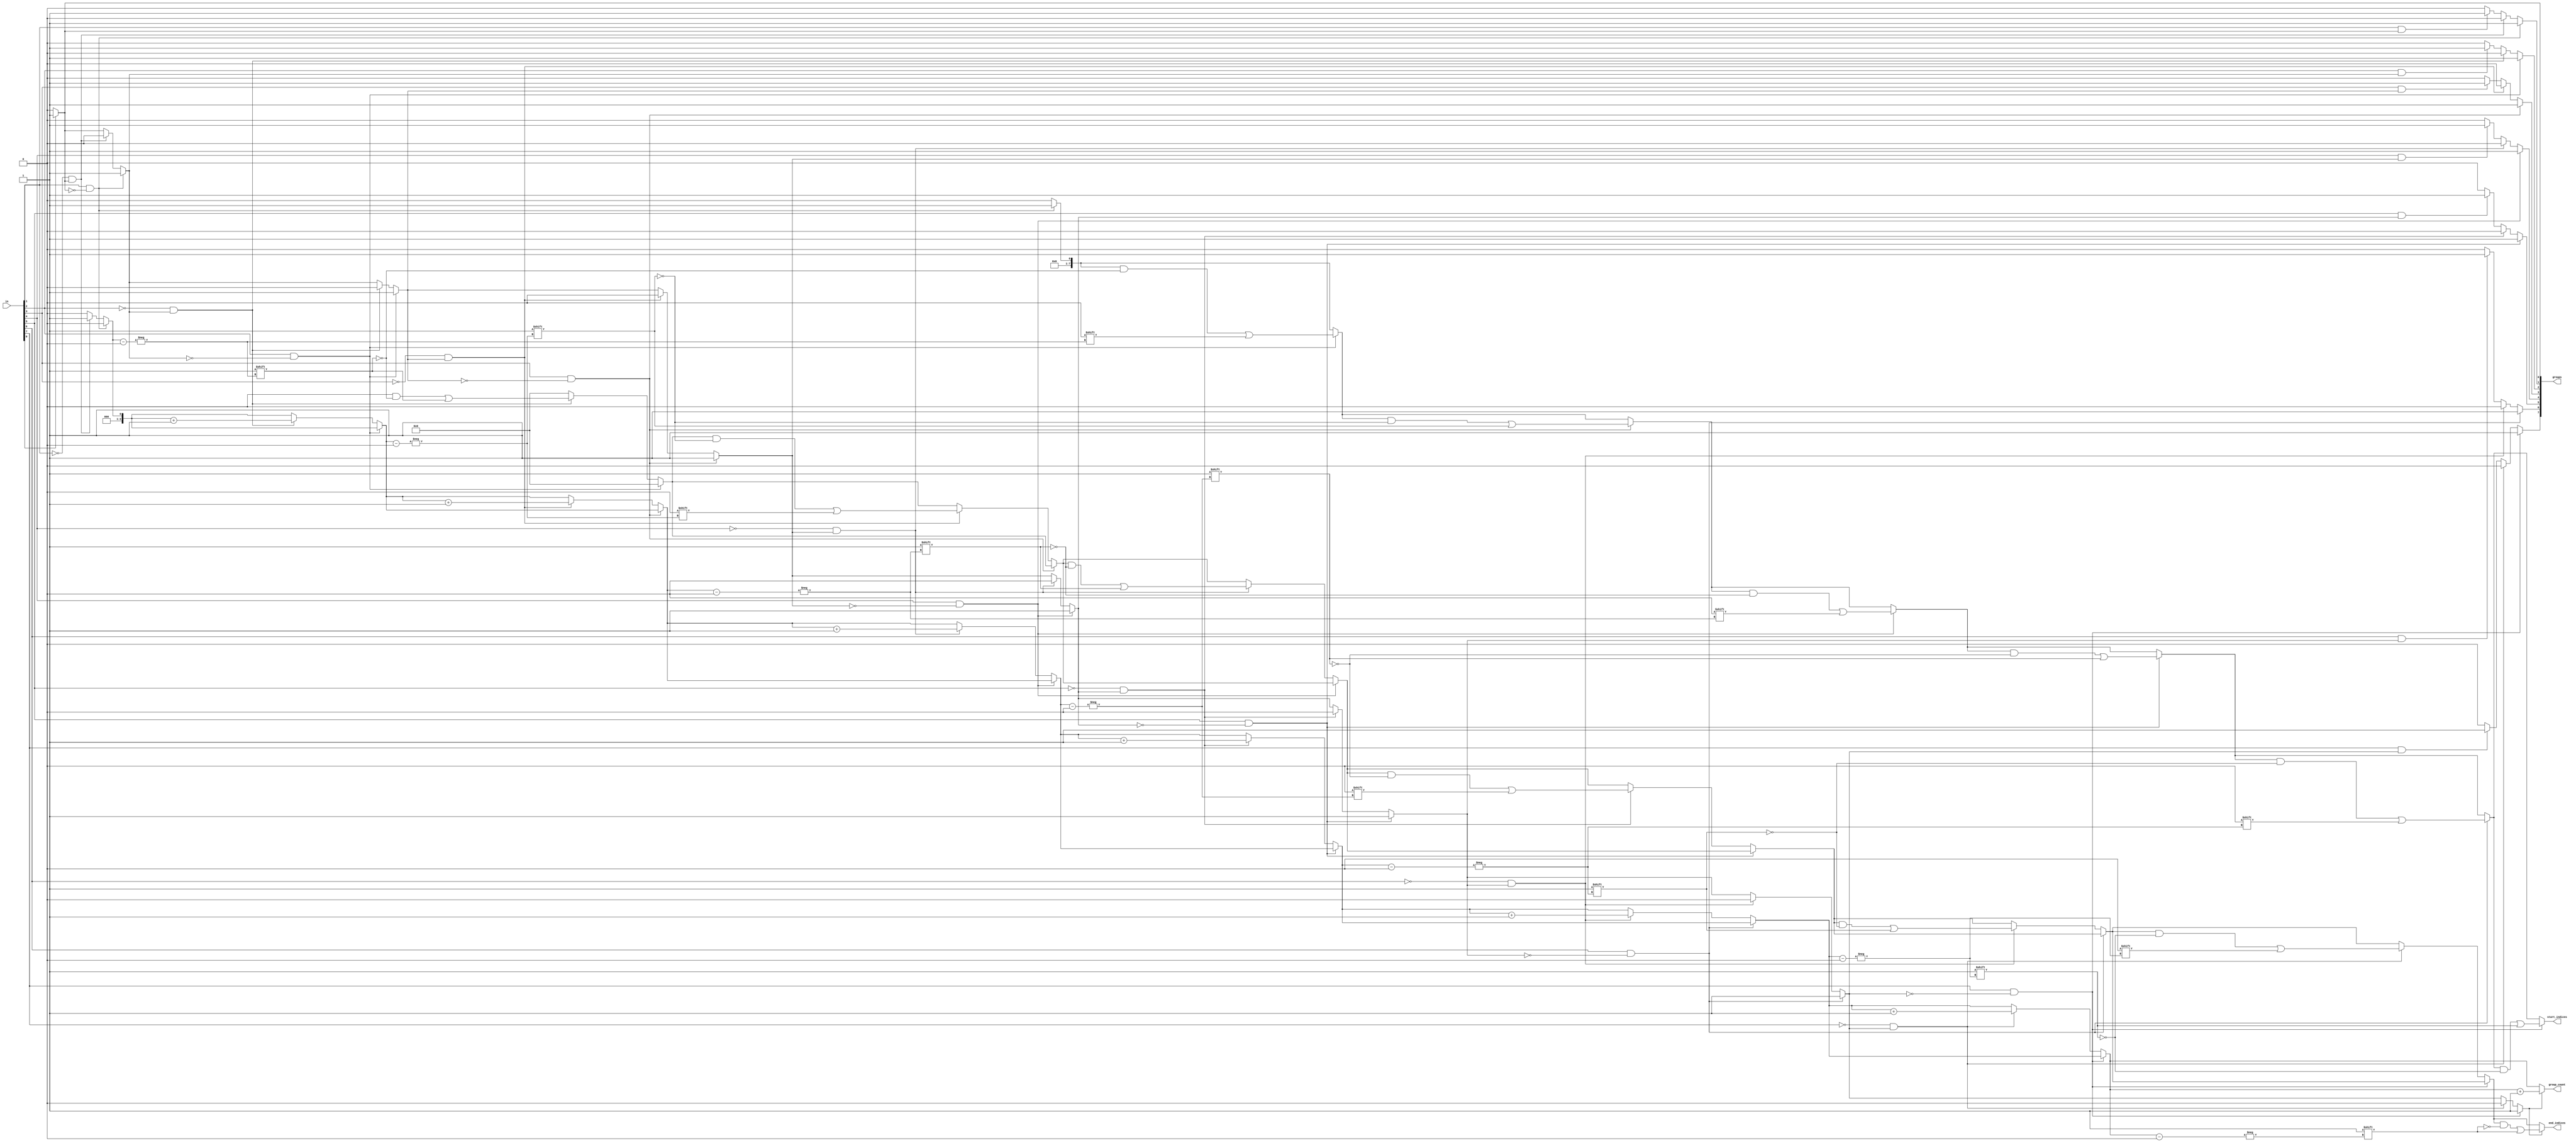
module GroupingOfOnes #(
    parameter N = 8, // Configurable input length
    parameter MAX_GROUPS = N // Maximum groups based on input size
)(
    input  wire [N-1:0] in, // Input binary vector
    output reg [N-1:0] groups, // Output binary vector indicating groups of 1s
    output reg [N-1:0] start_indices, // Start indices of each group
    output reg [N-1:0] end_indices, // End indices of each group
    output reg [3:0] group_count // Count of groups detected
);

    integer i;
    reg in_group;

    always @(*) begin
        // Initialize outputs
        groups = 0;
        start_indices = 0;
        end_indices = 0;
        group_count = 0;
        in_group = 0;

        // Iterate through the input vector
        for (i = 0; i < N; i = i + 1) begin
            if (in[i] == 1 && !in_group) begin
                // Start of a new group
                in_group = 1;
                start_indices[group_count] = i; // Store start index
                groups[i] = 1; // Mark the group in output
            end else if (in[i] == 0 && in_group) begin
                // End of the current group
                in_group = 0;
                end_indices[group_count] = i - 1; // Store end index
                group_count = group_count + 1; // Increment group count
            end else if (in[i] == 1 && in_group) begin
                // Continue the group, just mark it
                groups[i] = 1; // Mark the group in output
            end
        end
        
        // Handle case where the last group ends at the end of the vector
        if (in_group) begin
            end_indices[group_count] = N - 1; // End at last index
            group_count = group_count + 1; // Increment group count
        end
    end
endmodule